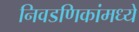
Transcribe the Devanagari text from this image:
निवडणिकांमध्ये